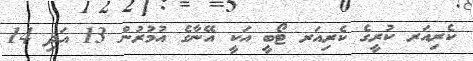
ކެރިއަރ ކުރީގެ ކެރިއަރ ޓޯބީ އަކީ އޭނާގެ އުމުރުން 13 އަދި 14